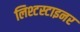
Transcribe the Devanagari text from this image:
लिश्टस्टाइनर